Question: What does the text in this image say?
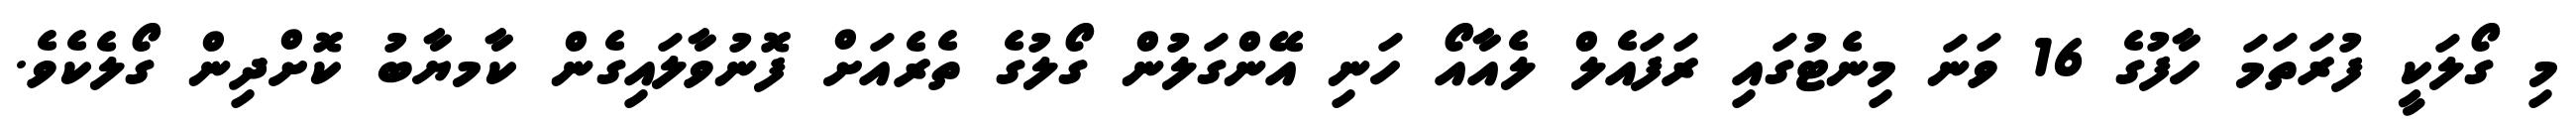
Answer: މި ގޯލަކީ ފުރަތަމަ ހާފުގެ 16 ވަނަ މިނެޓުގައި ރަފައެލް ލެއާއޯ ހަނި އޭންގަލުން ގޯލުގެ ތެރެއަށް ފޮނުވާލައިގެން ކާމޔާބު ކޮށްދިން ގޯލެކެވެ.